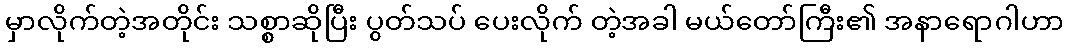
မှာလိုက်တဲ့အတိုင်း သစ္စာဆိုပြီး ပွတ်သပ် ပေးလိုက် တဲ့အခါ မယ်တော်ကြီး၏ အနာရောဂါဟာ